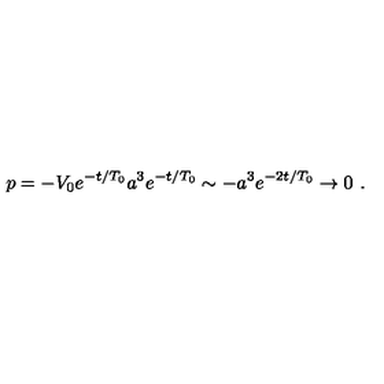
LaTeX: p = - V _ { 0 } e ^ { - t / T _ { 0 } } a ^ { 3 } e ^ { - t / T _ { 0 } } \sim - a ^ { 3 } e ^ { - 2 t / T _ { 0 } } \to 0 \ .